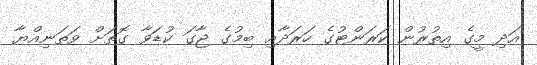
އަދި މީގެ އިތުރުން ކަރަންޓުގެ ހަރަދާއި ބިމުގެ ޖާގަ ކުޑަވާ ގޮތަށް ވަތަނިއްޔާ